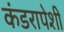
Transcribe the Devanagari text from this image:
कंडरापेशी